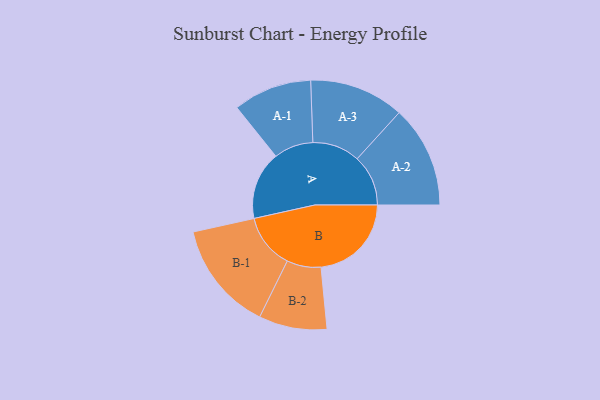
{"axis": {"x": "Segment", "y": "Value"}, "legend": ["", "A", "B"], "data": [{"x": "A", "y": 286, "type": ""}, {"x": "B", "y": 379, "type": ""}, {"x": "A-1", "y": 165, "type": "A"}, {"x": "A-2", "y": 214, "type": "A"}, {"x": "A-3", "y": 199, "type": "A"}, {"x": "B-1", "y": 230, "type": "B"}, {"x": "B-2", "y": 143, "type": "B"}]}